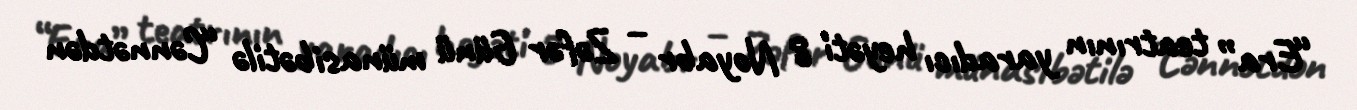
“Era” teatrının yaradıcı heyəti 8 Noyabr – Zəfər Günü münasibətilə “Cənnətdən